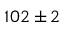
1 0 2 \pm 2